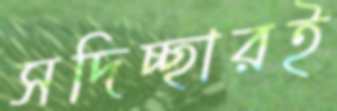
সদিচ্ছারই